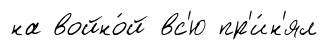
на войно́й вс'ю пр'и́н'ял